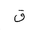
Letter: _qaf